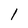
Character: l